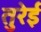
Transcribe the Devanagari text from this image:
तुरेई